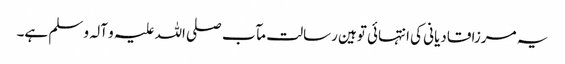
یہ مرزا قادیانی کی انتہائی توہین رسالت مآب صلی اللہ علیہ و آلہ و سلم ہے۔